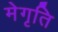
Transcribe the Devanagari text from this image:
मेगृति